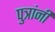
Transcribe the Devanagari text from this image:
पुत्रांनीं